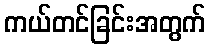
ကယ်တင်ခြင်းအတွက်